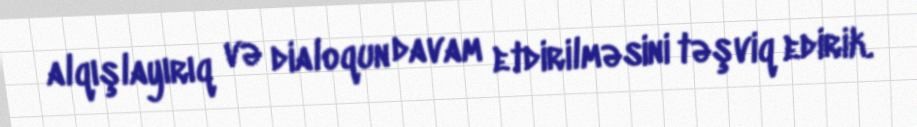
alqışlayırıq və dialoqun davam etdirilməsini təşviq edirik.